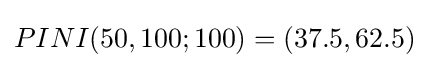
PINI(50,100;100)=(37.5,62.5)